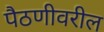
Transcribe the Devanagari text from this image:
पैठणीवरील